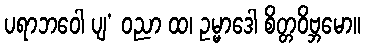
ပရာဘဝေါ ပျ’ ဝညာ ထ၊ ဥမ္မာဒေါ စိတ္တဝိဗ္ဘမော။